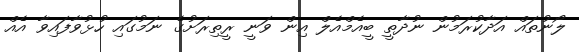
ލޯނުތައް އަދާކުރަމުން ނުދާތީ ބީއެމްއެލް އިން ވަނީ ރީތިރަށުގެ ނަމުގައި ހުޅުވާފައިވާ އެއް